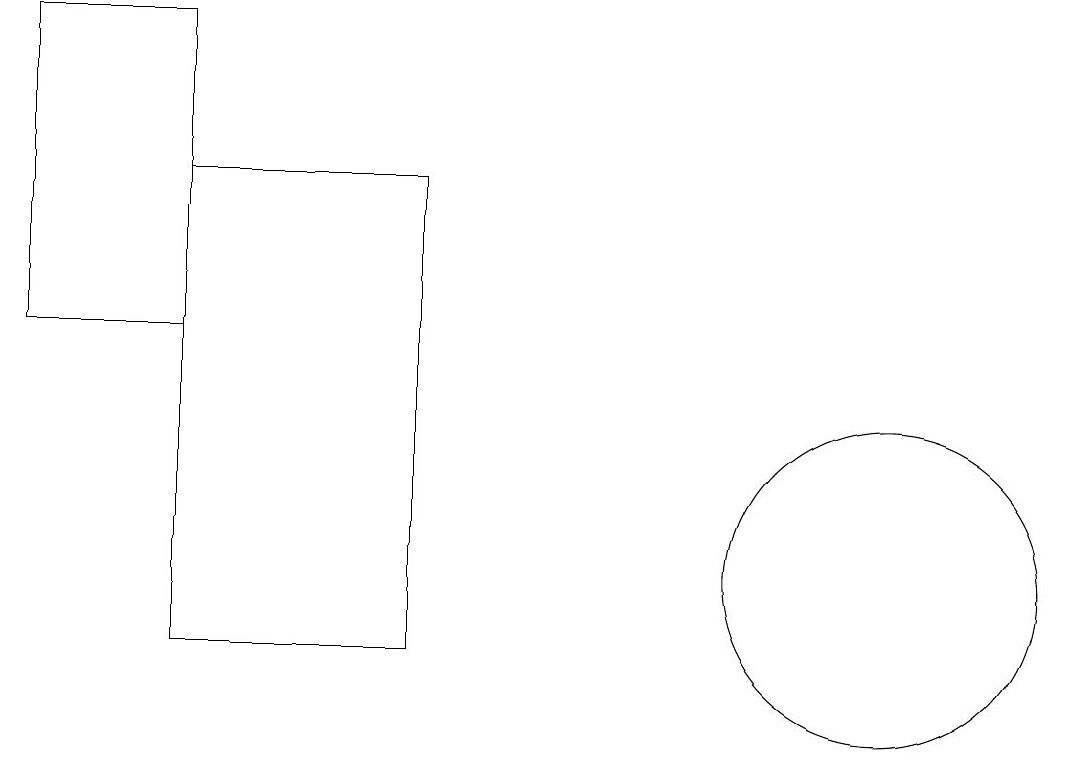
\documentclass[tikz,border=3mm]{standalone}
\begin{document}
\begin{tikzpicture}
\draw (11,11) circle (2);
\draw (5,10) rectangle (2,16);
\draw (0,18) rectangle (2,14);
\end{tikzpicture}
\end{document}